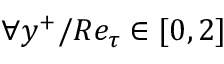
\forall y ^ { + } / R e _ { \tau } \in [ 0 , 2 ]